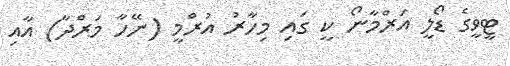
ޓީވީގެ ޑޯލީ އަރްމާނޯ ކީ ގައި މިހާރު އުރްމީ (ނޭހާ މަރްދާ) އާއި